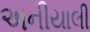
અનીયાલી